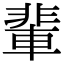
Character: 輩